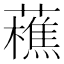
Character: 藮